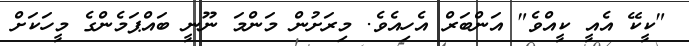
"ކީކޭ އެއީ ކީއްވެ" އަންބަރް އެހިއެވެ. މިރަށުން މަންމަ ނޫނީ ބައްޕަމެންގެ މީހަކަށް